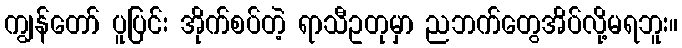
ကျွန်တော် ပူပြင်း အိုက်စပ်တဲ့ ရာသီဥတုမှာ ညဘက်တွေအိပ်လို့မရဘူး။